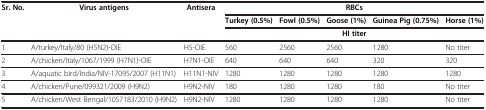
<table><thead><tr><td><b>Sr. No.</b></td><td><b>Virus antigens</b></td><td><b> Antisera</b></td><td colspan="5"><b>RBCs</b></td></tr><tr><td><b> </b></td><td><b> </b></td><td><b> </b></td><td><b>Turkey (0.5%)</b></td><td><b>Fowl (0.5%)</b></td><td><b>Goose (1%)</b></td><td><b>Guinea Pig (0.75%)</b></td><td><b>Horse (1%)</b></td></tr><tr><td><b> </b></td><td><b> </b></td><td><b> </b></td><td colspan="5"><b>HI titer</b></td></tr></thead><tbody><tr><td>1</td><td>A/turkey/Italy/80 (H5N2)-OIE</td><td>H5-OIE</td><td>560</td><td>2560</td><td>2560</td><td>1280</td><td>No titer</td></tr><tr><td>2</td><td>A/chicken/Italy/1067/1999 (H7N1)-OIE</td><td>H7N1-OIE</td><td>640</td><td>640</td><td>640</td><td>320</td><td>320</td></tr><tr><td>3</td><td>A/aquatic bird/India/NIV-17095/2007 (H11N1)</td><td>H11N1-NIV</td><td>1280</td><td>1280</td><td>1280</td><td>1280</td><td>1280</td></tr><tr><td>4</td><td>A/chicken/Pune/099321/2009 (H9N2)</td><td>H9N2-NIV</td><td>180</td><td>1280</td><td>1280</td><td>180</td><td>No titer</td></tr><tr><td>5</td><td>A/chicken/West Bengal/1057183/2010 (H9N2)</td><td>H9N2-NIV</td><td>1280</td><td>1280</td><td>1280</td><td>1280</td><td>No titer</td></tr></tbody></table>